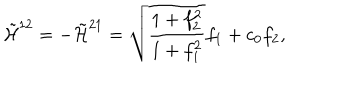
\tilde { { \cal H } } ^ { 1 2 } = - \tilde { { \cal H } } ^ { 2 1 } = \sqrt { \frac { 1 + f _ { 2 } ^ { 2 } } { 1 + f _ { 1 } ^ { 2 } } } f _ { 1 } + c _ { 0 } f _ { 2 } , \nonumber